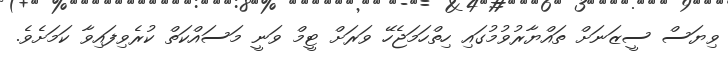
ވިޔަސް ސީޒަނަށް ތައްޔާރުވުމުގައި ހިތްހަމަޖެހޭ ވަރަށް ޓީމް ވަނީ މަސައްކަތް ކުރެވިފައިވާ ކަމަށެވެ.